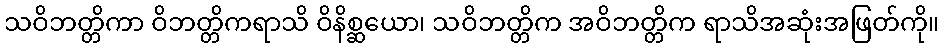
သဝိဘတ္တိကာ ဝိဘတ္တိကရာသိ ဝိနိစ္ဆယော၊ သဝိဘတ္တိက အဝိဘတ္တိက ရာသိအဆုံးအဖြတ်ကို။